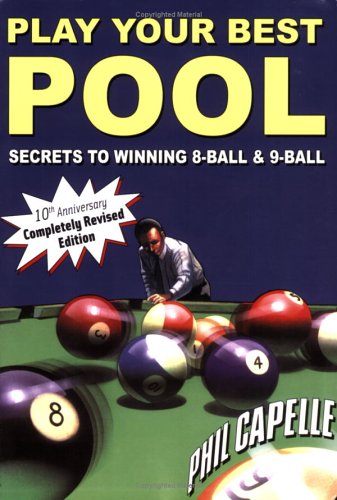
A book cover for Play Your Best Pool; Philip B. Capelle; Sports & Outdoors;